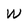
Character: w